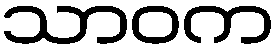
သာဝက